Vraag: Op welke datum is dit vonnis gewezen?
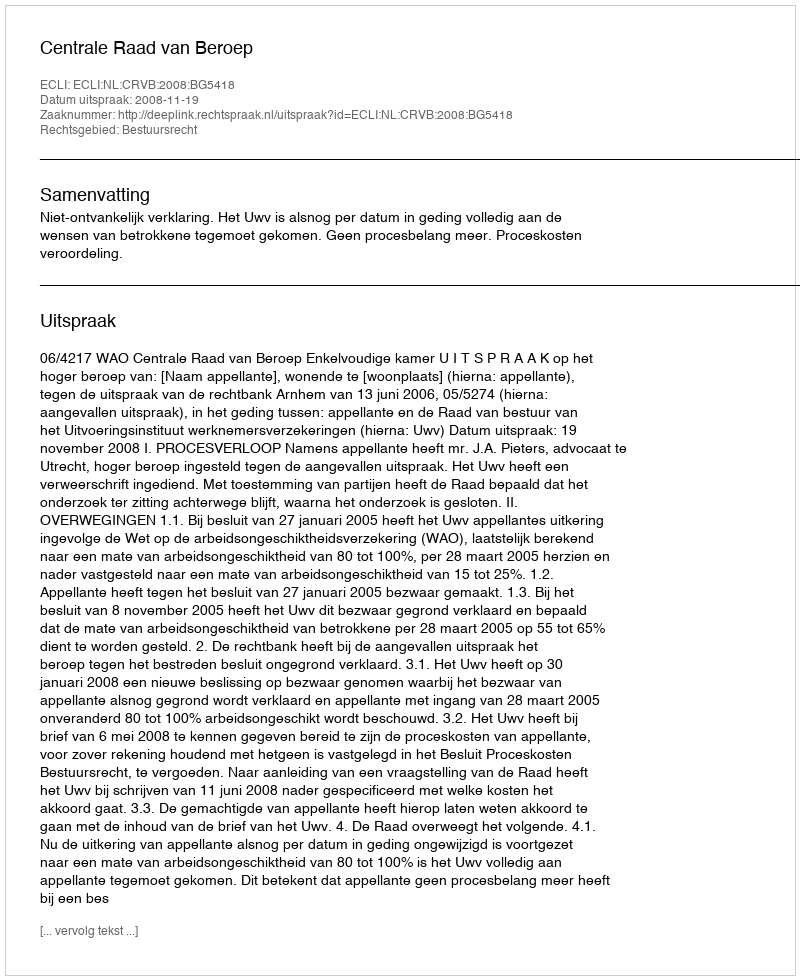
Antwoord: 2008-11-19